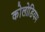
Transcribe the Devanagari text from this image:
कोलोडियम